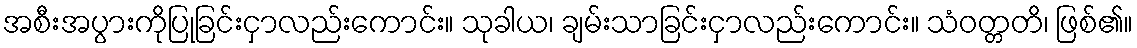
အစီးအပွားကိုပြုခြင်းငှာလည်းကောင်း။ သုခါယ၊ ချမ်းသာခြင်းငှာလည်းကောင်း။ သံဝတ္တတိ၊ ဖြစ်၏။